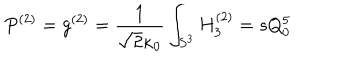
P ^ { ( 2 ) } = g ^ { ( 2 ) } = \frac { 1 } { \sqrt { 2 } \kappa _ { 0 } } \int _ { S ^ { 3 } } H _ { 3 } ^ { ( 2 ) } = s Q _ { 0 } ^ { 5 }